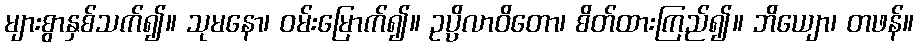
များစွာနှစ်သက်၍။ သုမနော၊ ဝမ်းမြောက်၍။ ဥပ္ပိလာဝိတော၊ စိတ်ထားကြည်၍။ ဘိယျော၊ တဖန်။